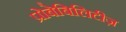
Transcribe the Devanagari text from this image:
प्रोबेबिलिटीज़